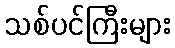
သစ်ပင်ကြီးများ